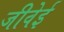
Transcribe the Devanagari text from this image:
जीवेई